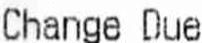
CHANGE DUE